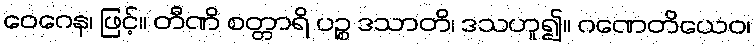
ဝေဂေန၊ ဖြင့်။ တီဏိ စတ္တာရိ ပဉ္စ ဒသာတိ၊ ဒသဟူ၍။ ဂဏေတိယေဝ၊